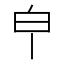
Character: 𤼽